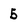
Character: 5